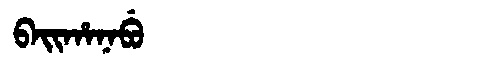
Manchu: ᠪᠠᡳᡥᠠᠨᠠᠪᡠ
Romanization: BAIHANABU